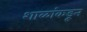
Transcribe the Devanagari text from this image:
शाळांकडून